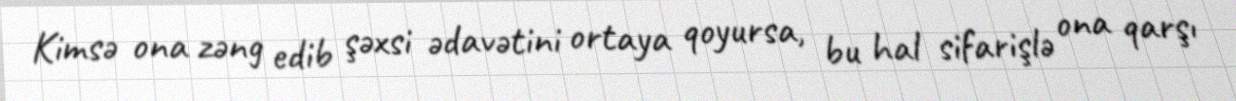
Kimsə ona zəng edib şəxsi ədavətini ortaya qoyursa, bu hal sifarişlə ona qarşı